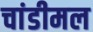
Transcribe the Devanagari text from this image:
चांडीमल